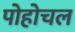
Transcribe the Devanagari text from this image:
पोहोचल